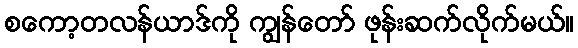
စကော့တလန်ယာဒ်ကို ကျွန်တော် ဖုန်းဆက်လိုက်မယ်။